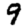
Digit: 9